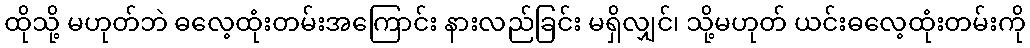
ထိုသို့ မဟုတ်ဘဲ ဓလေ့ထုံးတမ်းအကြောင်း နားလည်ခြင်း မရှိလျှင်၊ သို့မဟုတ် ယင်းဓလေ့ထုံးတမ်းကို